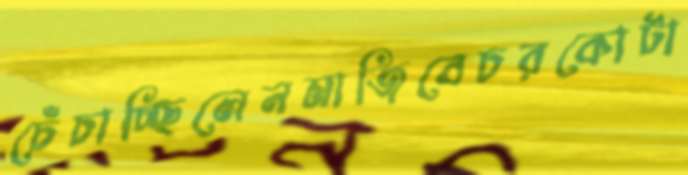
চেঁচাচ্ছিলেনমাজিবেচরকোটা